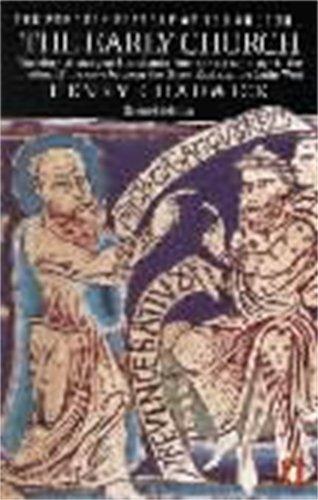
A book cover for The Early Church (The Penguin History of the Church) (v. 1); Henry Chadwick; History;